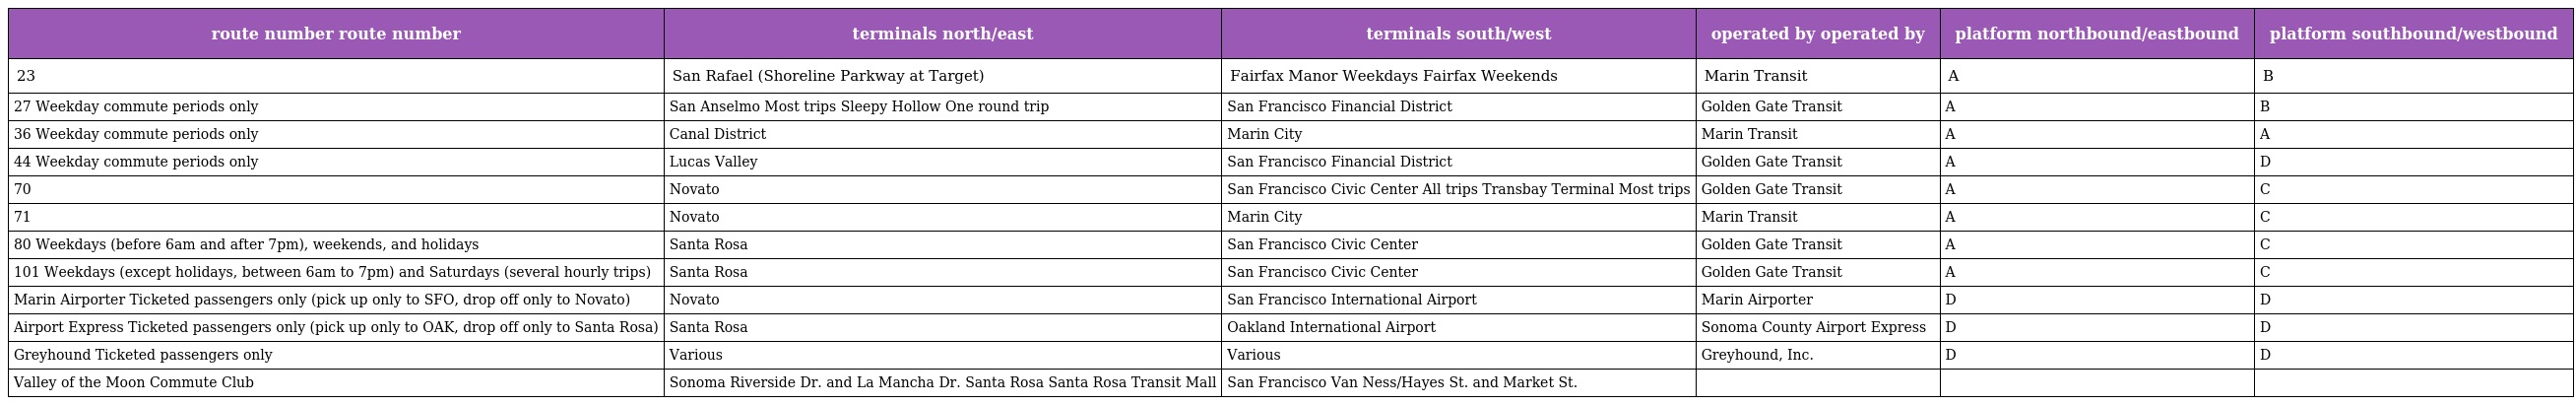
| route number route number | terminals north/east | terminals south/west | operated by operated by | platform northbound/eastbound | platform southbound/westbound |
 | --- | --- | --- | --- | --- | --- |
 | 23 | San Rafael (Shoreline Parkway at Target) | Fairfax Manor Weekdays Fairfax Weekends | Marin Transit | A | B |
 | 27 Weekday commute periods only | San Anselmo Most trips Sleepy Hollow One round trip | San Francisco Financial District | Golden Gate Transit | A | B |
 | 36 Weekday commute periods only | Canal District | Marin City | Marin Transit | A | A |
 | 44 Weekday commute periods only | Lucas Valley | San Francisco Financial District | Golden Gate Transit | A | D |
 | 70 | Novato | San Francisco Civic Center All trips Transbay Terminal Most trips | Golden Gate Transit | A | C |
 | 71 | Novato | Marin City | Marin Transit | A | C |
 | 80 Weekdays (before 6am and after 7pm), weekends, and holidays | Santa Rosa | San Francisco Civic Center | Golden Gate Transit | A | C |
 | 101 Weekdays (except holidays, between 6am to 7pm) and Saturdays (several hourly trips) | Santa Rosa | San Francisco Civic Center | Golden Gate Transit | A | C |
 | Marin Airporter Ticketed passengers only (pick up only to SFO, drop off only to Novato) | Novato | San Francisco International Airport | Marin Airporter | D | D |
 | Airport Express Ticketed passengers only (pick up only to OAK, drop off only to Santa Rosa) | Santa Rosa | Oakland International Airport | Sonoma County Airport Express | D | D |
 | Greyhound Ticketed passengers only | Various | Various | Greyhound, Inc. | D | D |
 | Valley of the Moon Commute Club | Sonoma Riverside Dr. and La Mancha Dr. Santa Rosa Santa Rosa Transit Mall | San Francisco Van Ness/Hayes St. and Market St. |  |  |  |